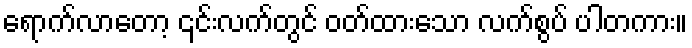
ရောက်လာတော့ ၎င်းလက်တွင် ဝတ်ထားသော လက်စွပ် ပါတကား။